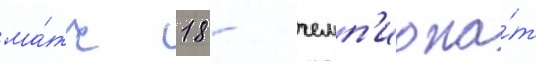
ма́тч 18 - чемп'иона́т